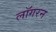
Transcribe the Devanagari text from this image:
लॉगरन